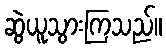
ဆွဲယူသွားကြသည်။